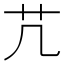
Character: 芁